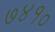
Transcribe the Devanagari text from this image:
७४१०